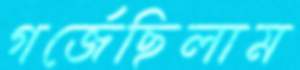
গর্জেছিলাম